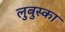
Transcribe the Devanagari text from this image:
लुबुस्का